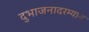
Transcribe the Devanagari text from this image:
दुभाजनादरम्यान